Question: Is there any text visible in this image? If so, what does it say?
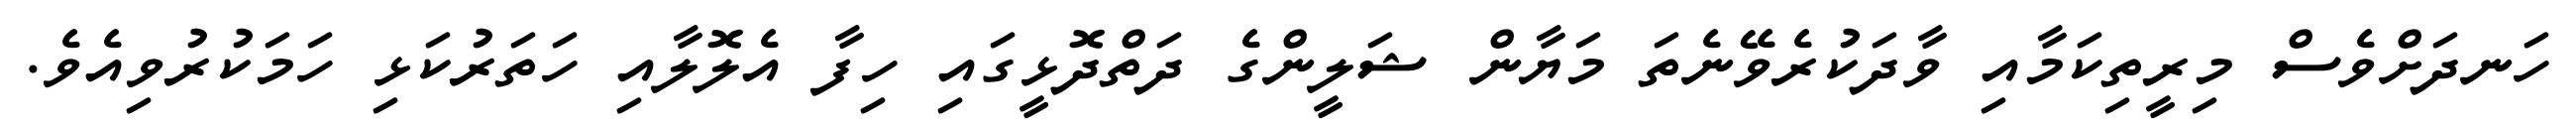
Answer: ހަނދަށްވެސް މިރީތިކަމާއި ވާދަކުރެވޭނެތަ މަޔާން ޝަލީންގެ ދަތްދޮޅީގައި ހިފާ އެލޮލާއި ހަތަރުކަޅި ހަމަކުރުވިއެވެ.